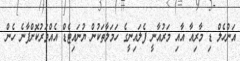
އަންހެލް ޑި މާރިއާ އާއި މަރުއާނީ ފެލައިނީގެ ހަމަލާތަކުން ޔުނައިޓެޑް އެއްވަރުކޮށްފާނެ ހެން